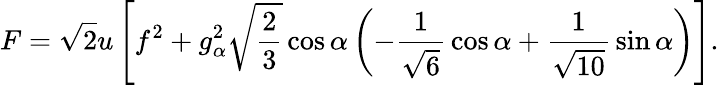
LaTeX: F=\sqrt 2u\left[f^{2}+g_{\alpha}^{2}\sqrt{\frac{2}{3}}\cos\alpha\left(-{\frac{1}{\sqrt 6}}\cos\alpha+{\frac{1}{\sqrt{10}}}\sin\alpha\right)\right].